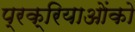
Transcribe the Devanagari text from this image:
प्रक्रियाओंको